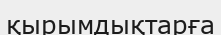
қырымдықтарға